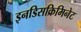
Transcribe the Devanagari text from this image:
इनडिसक्रिमिनेट